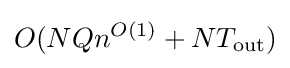
O(NQn^{O(1)}+NT_{\text{out}})